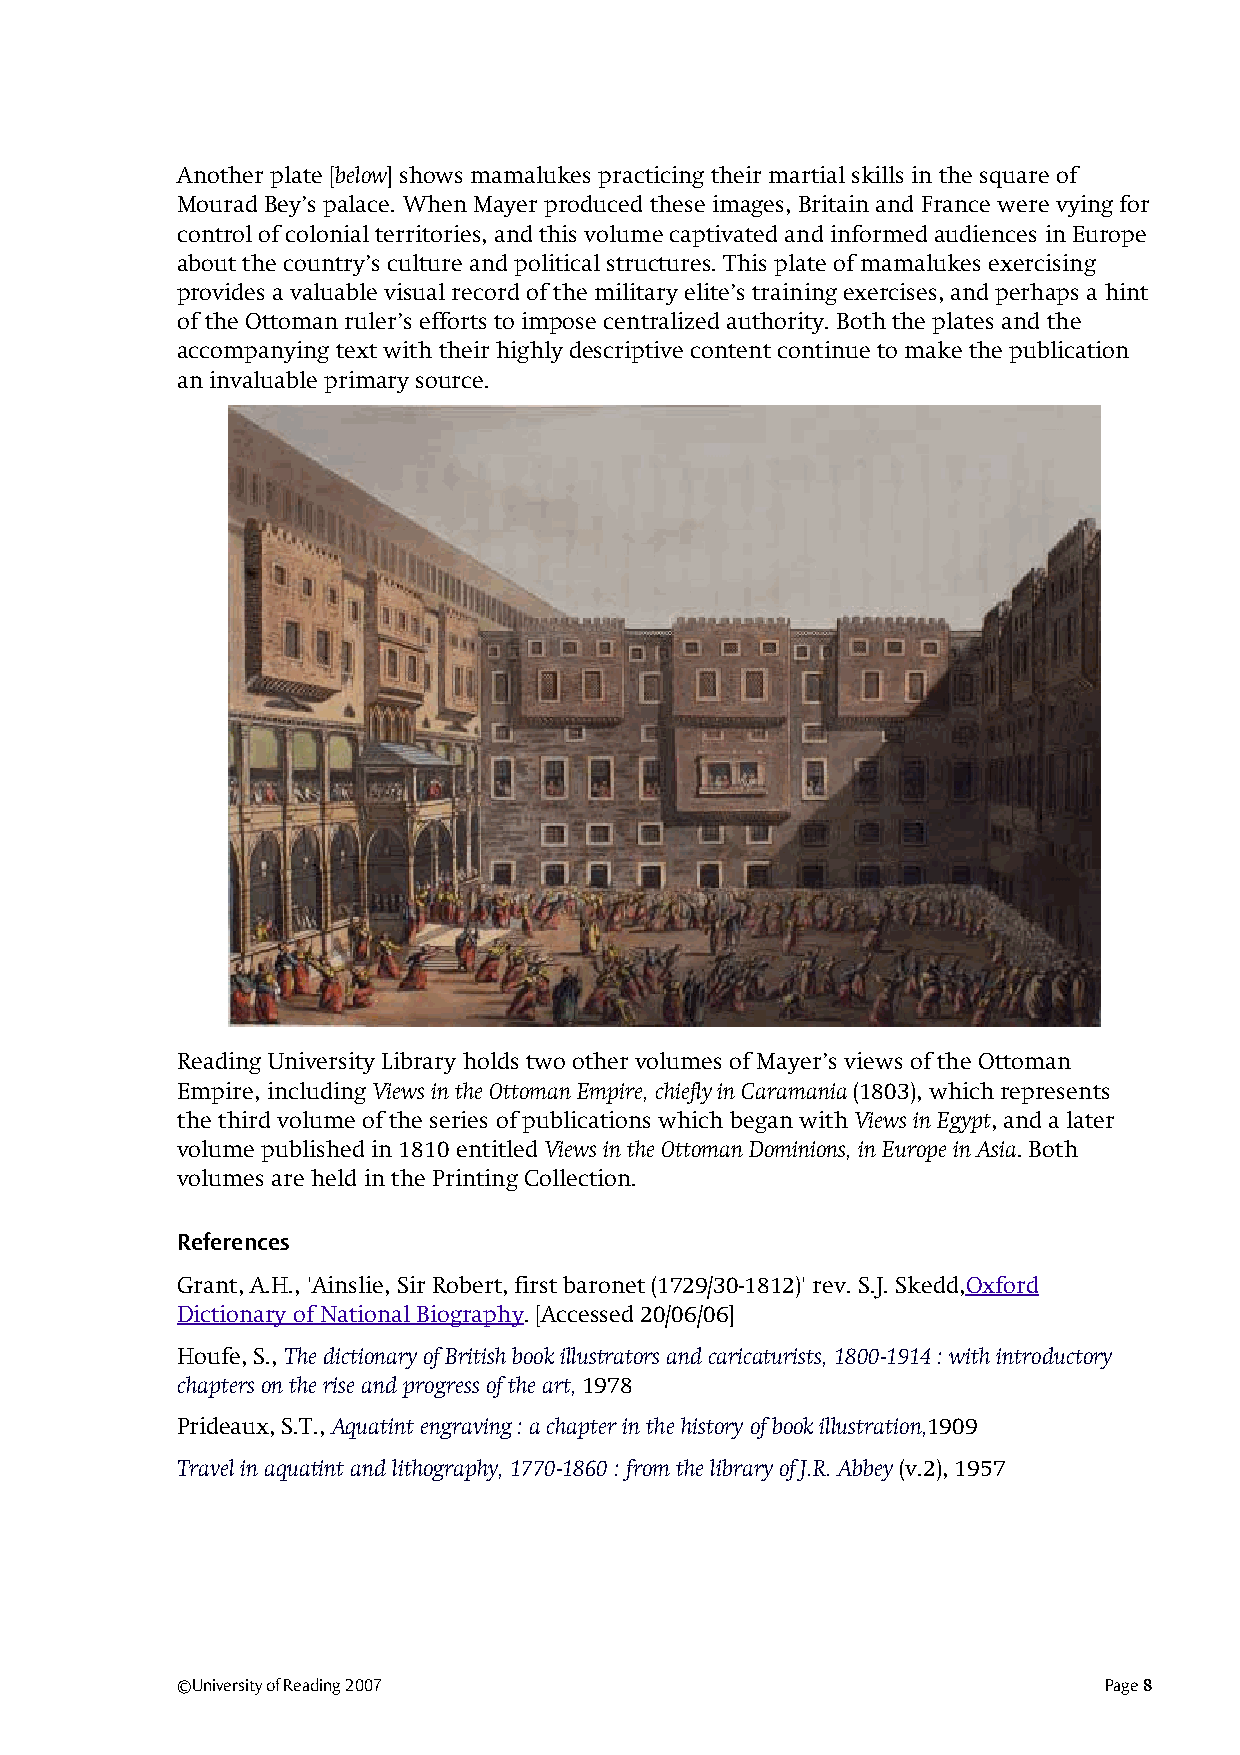
Another plate [below] shows mamalukes practicing their martial skills in the square of
 Mourad Bey’s palace. When Mayer produced these images, Britain and France were vying for
 control of colonial territories, and this volume captivated and informed audiences in Europe
 about the country’s culture and political structures. This plate of mamalukes exercising
 provides a valuable visual record of the military elite’s training exercises, and perhaps a hint
 of the Ottoman ruler’s efforts to impose centralized authority. Both the plates and the
 accompanying text with their highly descriptive content continue to make the publication
 an invaluable primary source.
 Reading University Library holds two other volumes of Mayer’s views of the Ottoman
 Empire, including Views in the Ottoman Empire, chiefly in Caramania (1803), which represents
 the third volume of the series of publications which began with Views in Egypt, and a later
 volume published in 1810 entitled Views in the Ottoman Dominions, in Europe in Asia. Both
 volumes are held in the Printing Collection.
 References
 Grant, A.H., 'Ainslie, Sir Robert, first baronet (1729/30-1812)' rev. S.J. Skedd,Oxford
 Dictionary of National Biography. [Accessed 20/06/06]
 Houfe, S., The dictionary of British book illustrators and caricaturists, 1800-1914 : with introductory
 chapters on the rise and progress of the art, 1978
 Prideaux, S.T., Aquatint engraving : a chapter in the history of book illustration,1909
 Travel in aquatint and lithography, 1770-1860 : from the library of J.R. Abbey (v.2), 1957
 ©University of Reading 2007                                  Page 8